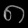
Digit: ၈